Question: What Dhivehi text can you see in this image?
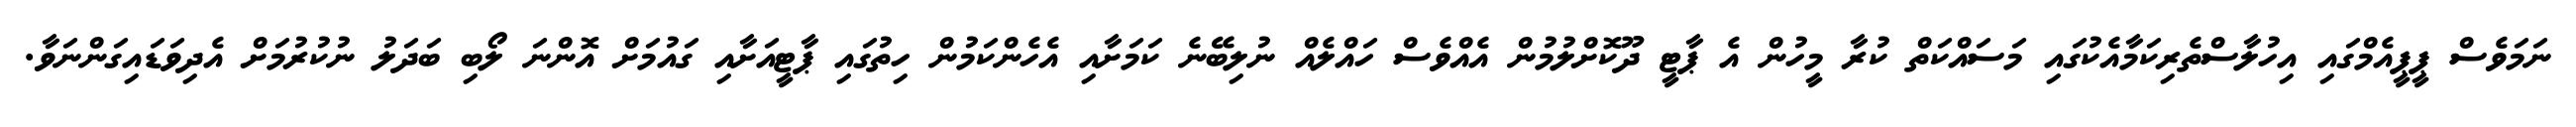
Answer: ނަމަވެސް ޕީޕީއެމްގައި އިހުލާސްތެރިކަމާއެކުގައި މަސައްކަތް ކުރާ މީހުން އެ ޕާޓީ ދޫކޮށްލުމުން އެއްވެސް ހައްލެއް ނުލިބޭނެ ކަމަށާއި އެހެންކަމުން ހިތުގައި ޕާޓީއަށާއި ގައުމަށް އޮންނަ ލޯބި ބަދަލު ނުކުރުމަށް އެދިވަޑައިގަންނަވާ.